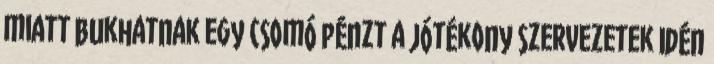
miatt bukhatnak egy csomó pénzt a jótékony szervezetek Idén